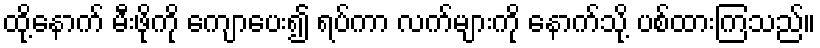
ထို့နောက် မီးဖိုကို ကျောပေး၍ ရပ်ကာ လက်များကို နောက်သို့ ပစ်ထားကြသည်။